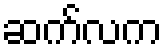
ဆက်လက